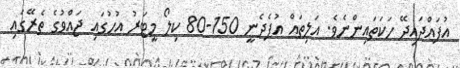
އުފައްދައިދޭ ހަކަތައިންނެވެ. އަލިތައް އުފެދެނީ 150-80 ކިލޯ މީޓަރު އުހުގައި ޖައްވުގެ ތެރޭގައި